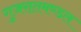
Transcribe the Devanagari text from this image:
गुजरातमण्डल